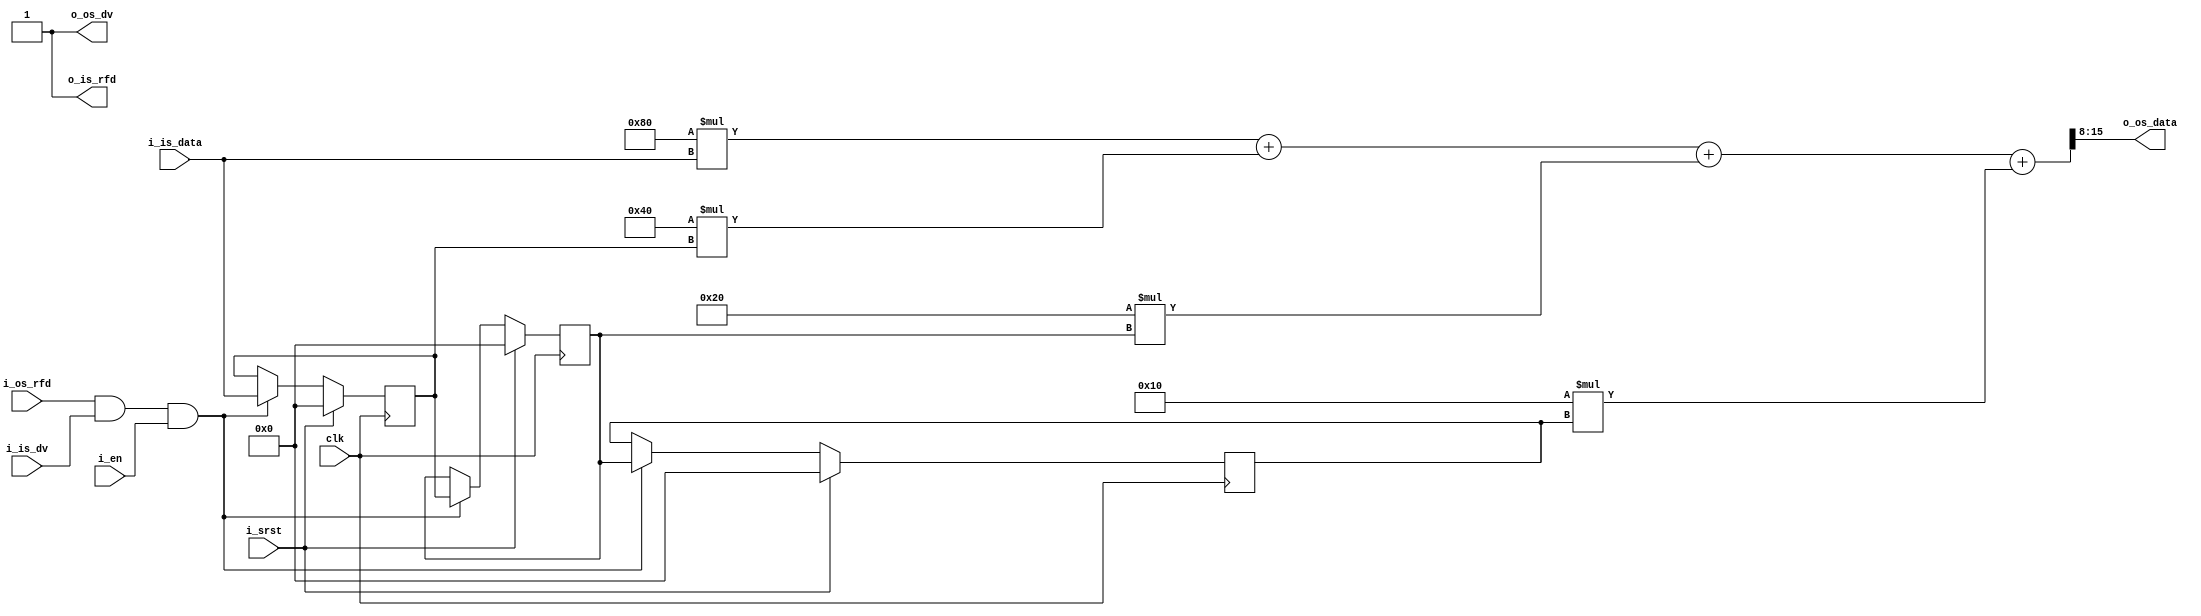

module fir_filter
#(
	parameter WW_INPUT = 8, // Input word-with
	parameter WW_OUTPUT = 8
)
(
	// clk, en, srst
	input clk,
	input i_en,
	input i_srst,
	// Input Stream
	input signed [WW_INPUT-1:0] i_is_data,
	input i_is_dv,
	output o_is_rfd,
	// Output Stream
	output signed [WW_OUTPUT-1:0] o_os_data,
	output o_os_dv,
	input i_os_rfd
);

	// Local Params
	localparam WW_COEFF = 8;

	// Internal Signals
	wire internal_en;
	// This way we can create "matrix" like objects.
	// ex: reg signed [7:0] var [3:0];
	// is going to be understood as 8 buses with a 4bit width (or smth like
	// that)
	reg  signed [WW_INPUT -1:0] register [3:1]; // 3 to 1
	wire signed [WW_COEFF-1:0] coeff [3:0]; // 3 to 0
	wire signed [WW_INPUT+WW_COEFF-1:0] prod [3:0]; // 3 to 0
	wire signed [WW_INPUT+WW_COEFF-1:0] sum [3:1]; // 3 to 1

	// Internal Enable
	assign internal_en = i_os_rfd & i_is_dv & i_en;

	// Coeffs c = [-1 1/2 -1/4 1/8]
	// this coeffs will determine the filter output,
	// what frecuency it effectible filters and misc
	assign coeff[0] = 8'b1000_0000;
	assign coeff[1] = 8'b0100_0000;
	assign coeff[2] = 8'b1110_0000;
	assign coeff[3] = 8'b0001_0000;

	// Shift Register
	always @(posedge clk) begin
		if (i_srst == 1'b1) begin
			// if reset is pressed set to 0's everything
			register[1] <= {WW_INPUT{1'b0}};
			register[2] <= {WW_INPUT{1'b0}};
			register[3] <= {WW_INPUT{1'b0}};
		end else begin
			if (internal_en == 1'b1) begin
				// Else, log make the necesary registers get the new value
				register[1] <= i_is_data;
				register[2] <= register[1];
				register[3] <= register[2];
			end
		end
	end

	// Products
	assign prod[0] = coeff[0] * i_is_data;
	assign prod[1] = coeff[1] * register[1];
	assign prod[2] = coeff[2] * register[2];
	assign prod[3] = coeff[3] * register[3];

	// Adders
	assign sum[1] = prod[0] + prod[1];
	assign sum[2] = sum[1] + prod[2];
	assign sum[3] = sum[2] + prod[3];


	// This will try to mimic this electric diagram:
	//
	// i_is_data    
	// (signal)                                      
	//              c_0       c_1        c_2       c_3
	//                                               
	//                 S_1  S_2  S_3  o_os_data
	//                                                         (filtered)
	//

	// Output
	//
	// This will set the correct output bits as the most significant ones
	// This reads like:
	// 		start at bit number WW_COEFF+WW_INPUT-1 and then take
	// 		WW_OUTPUT bits to the right
	//
	assign o_os_data = sum[3][WW_COEFF+WW_INPUT-1-:WW_OUTPUT];
	assign o_os_dv = 1'b1;
	assign o_is_rfd = 1'b1;

endmodule